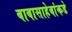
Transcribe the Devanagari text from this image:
बाबासाहेबांकडे